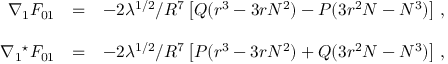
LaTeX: \begin{array} { r c l } { { \nabla _ { 1 } F _ { 0 1 } } } & { { = } } & { { - 2 \lambda ^ { 1 / 2 } / R ^ { 7 } \left[ Q ( r ^ { 3 } - 3 r N ^ { 2 } ) - P ( 3 r ^ { 2 } N - N ^ { 3 } ) \right] \, , } } \\ { { } } & { { } } & { { } } \\ { { \nabla _ { 1 } { } ^ { \star } F _ { 0 1 } } } & { { = } } & { { - 2 \lambda ^ { 1 / 2 } / R ^ { 7 } \left[ P ( r ^ { 3 } - 3 r N ^ { 2 } ) + Q ( 3 r ^ { 2 } N - N ^ { 3 } ) \right] \, , } } \end{array}